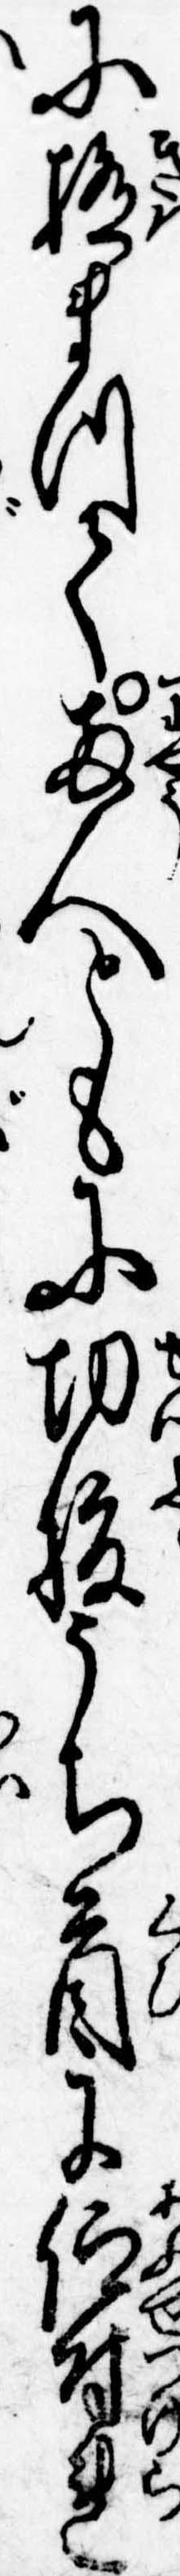
に極まつて両人ともに切腹うち首に仰付れ